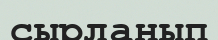
сырланып